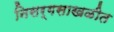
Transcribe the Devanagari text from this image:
निसर्गसाखळीत